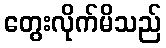
တွေးလိုက်မိသည်